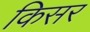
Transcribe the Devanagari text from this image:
किसर